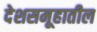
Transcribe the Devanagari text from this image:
देशसमूहातील